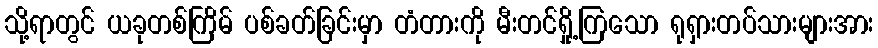
သို့ရာတွင် ယခုတစ်ကြိမ် ပစ်ခတ်ခြင်းမှာ တံတားကို မီးတင်ရှို့ကြသော ရုရှားတပ်သားများအား